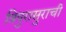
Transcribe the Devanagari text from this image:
त्रिपुरासुराची